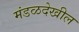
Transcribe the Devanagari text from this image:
मंडळदेखील